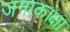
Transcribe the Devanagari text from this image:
जनाकांक्षा